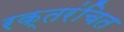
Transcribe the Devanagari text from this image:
रक्तरंचित